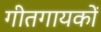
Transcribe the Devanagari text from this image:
गीतगायकों